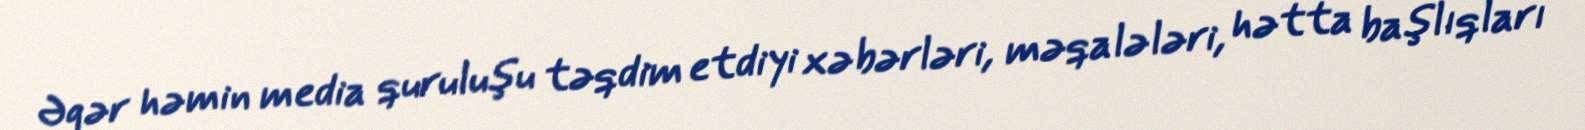
Əgər həmin media quruluşu təqdim etdiyi xəbərləri, məqalələri, hətta başlıqları